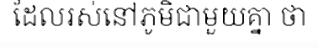
ដែលរស់នៅភូមិជាមួយគ្នា ថា